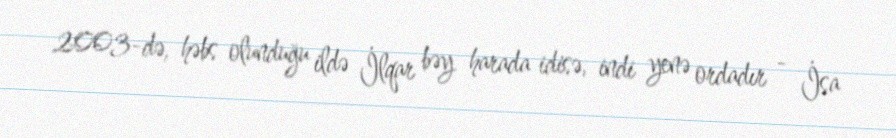
2003-də, həbs olunduğu ildə İlqar bəy harada idisə, indi yenə ordadır - İsa